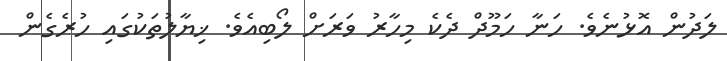
ލަދުން އޮޅުނެވެ. ހަނާ ހަމޫދް ދެކެ މިހާރު ވަރަށް ލޯބިއެވެ. ޚިޔާލުތަކުގައި ހުރެގެން